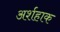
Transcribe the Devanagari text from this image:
अर्शहाक